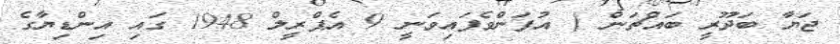
ޖަޔާ ބަދޫރީ ބައްޗަން ( އުފަންވެފައިވަނީ 9 އެޕްރީލް 1948 ގައި އިންޑިޔާގެ